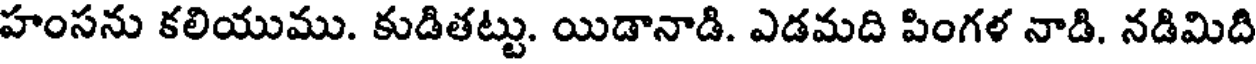
హంసను కలియుము. కుడితట్టు. యిడానాడి. ఎడమది పింగళ నాడి. నడిమిది